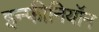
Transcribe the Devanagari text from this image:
इन्फीनियॉन